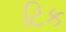
ટિક